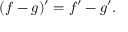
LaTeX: ( f - g ) ^ { \prime } = f ^ { \prime } - g ^ { \prime } .